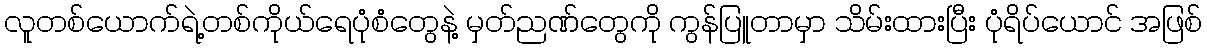
လူတစ်ယောက်ရဲ့တစ်ကိုယ်ရေပုံစံတွေနဲ့ မှတ်ညဏ်တွေကို ကွန်ပြူတာမှာ သိမ်းထားပြီး ပုံရိပ်ယောင် အဖြစ်